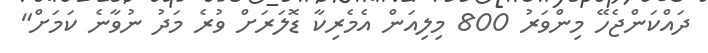
ދައްކަންޖެހޭ މިންވަރު 800 މިލިއަން އެމެރިކާ ޑޮލަރަށް ވުރެ މަދު ނުވާނެ ކަމަށް"